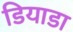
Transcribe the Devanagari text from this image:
डियाडा